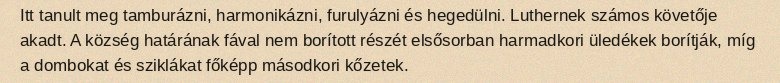
Itt tanult meg tamburázni, harmonikázni, furulyázni és hegedülni. Luthernek számos követője akadt. A község határának fával nem borított részét elsősorban harmadkori üledékek borítják, míg a dombokat és sziklákat főképp másodkori kőzetek.